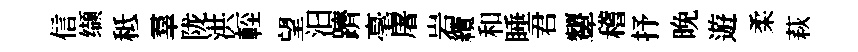
信缬秪羣陇洪䡖望汩躋毫屠岩纜和睡君顰稽抒晚遊柔萩